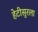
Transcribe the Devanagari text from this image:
हेटीसुरला